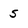
Character: 5